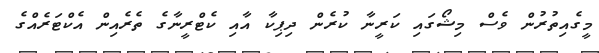
މީގެއިތުރުން ވެސް މިޝޯގައި ކަރީނާ ކުރެން ދިޕިކާ އާއި ކެޓްރީނާގެ ތެރެއިން އެކްޓަރެއްގެ